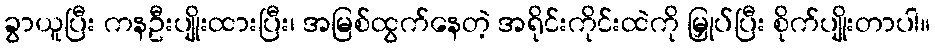
ခွာယူပြီး ကနဦးပျိုးထားပြီး၊ အမြစ်ထွက်နေတဲ့ အရိုင်းကိုင်းထဲကို မြှုပ်ပြီး စိုက်ပျိုးတာပါ။